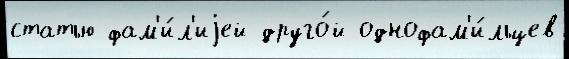
статью фам'и́л'иjей друго́й однофам'и́льцев